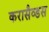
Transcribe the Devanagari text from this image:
करासैव्डस